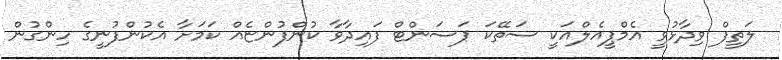
ލަތީފް ވިދާޅުވީ އެމްޕީއެލްއަކީ ސަތޭކަ ޕަސަންޓް ފައިދާވާ ކުންފުންޏެއް ކަމަށާ އެކުންފުނީގެ ހިންގުން